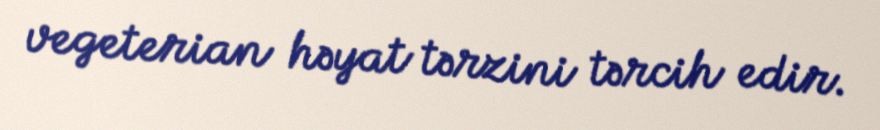
vegeterian həyat tərzini tərcih edir.